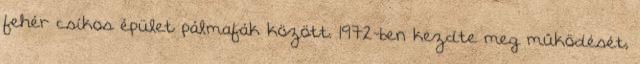
fehér csíkos épület pálmafák között. 1972-ben kezdte meg működését,